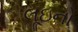
લૂઇનો